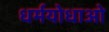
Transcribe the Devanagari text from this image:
धर्मयोधाओ